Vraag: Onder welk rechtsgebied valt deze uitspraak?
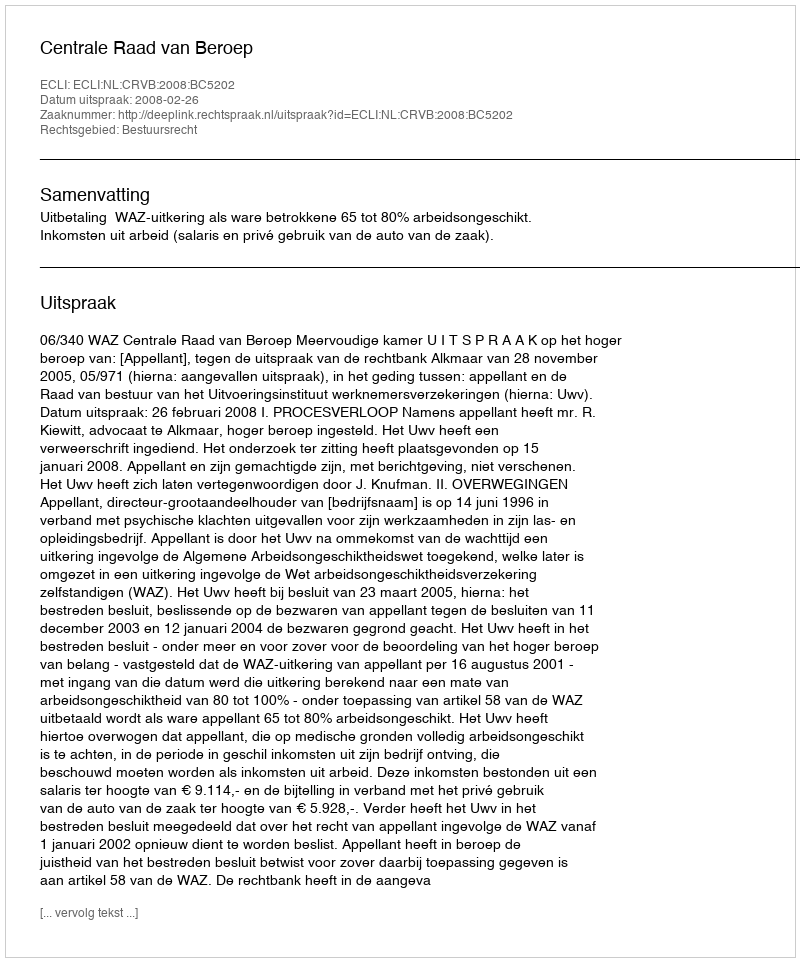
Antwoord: Bestuursrecht